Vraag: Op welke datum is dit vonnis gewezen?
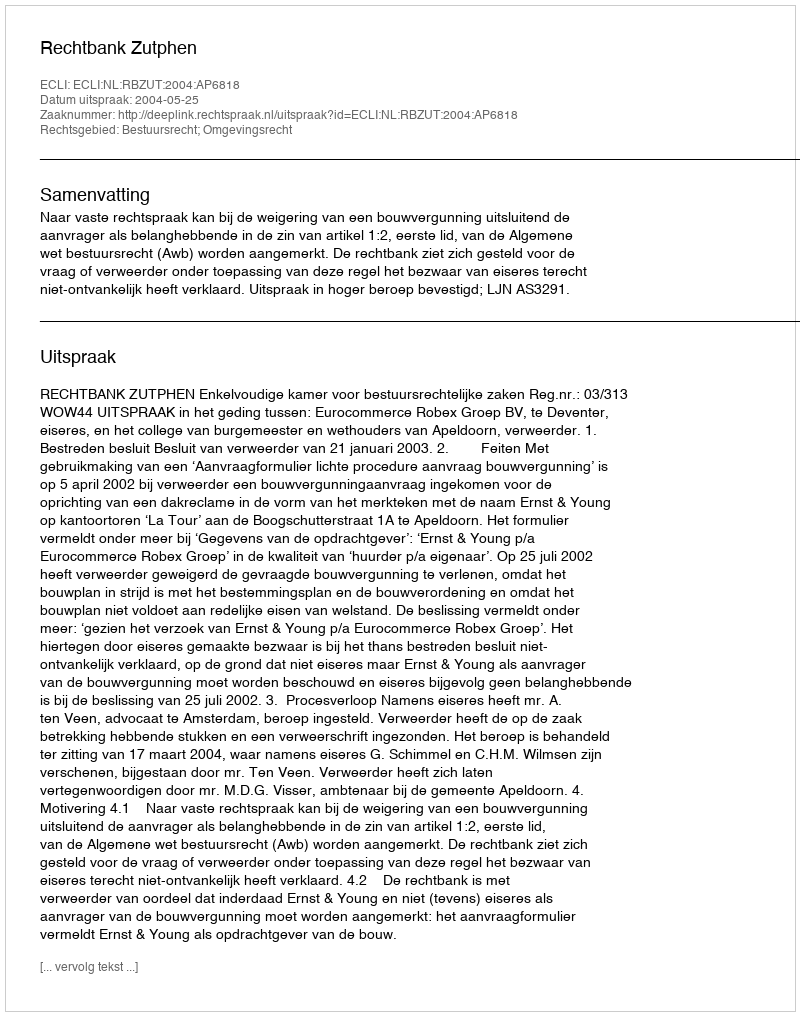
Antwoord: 2004-05-25